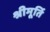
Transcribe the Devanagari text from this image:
श्रीमूर्ति